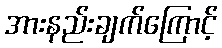
အားနည်းချက်ကြောင့်